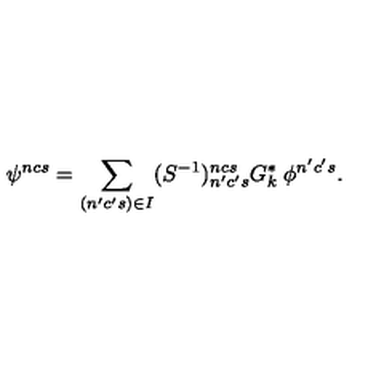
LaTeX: \psi ^ { n c s } = \sum _ { ( n ^ { \prime } c ^ { \prime } s ) \in I } ( S ^ { - 1 } ) _ { n ^ { \prime } c ^ { \prime } s } ^ { n c s } G _ { k } ^ { * } \: \phi ^ { n ^ { \prime } c ^ { \prime } s } .